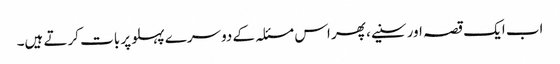
اب ایک قصہ اور سنیے، پھر اس مسئلہ کے دوسرے پہلو پر بات کرتے ہیں۔